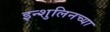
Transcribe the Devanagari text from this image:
इन्शुलिनच्या